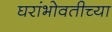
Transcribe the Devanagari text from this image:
घरांभोवतीच्या